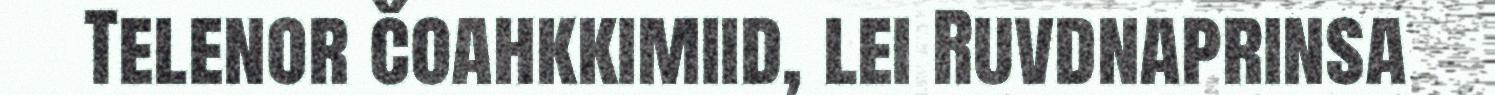
Telenor čoahkkimiid, lei Ruvdnaprinsa